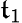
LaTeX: \mathfrak{t}_{1}